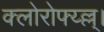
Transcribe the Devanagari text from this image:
क्लोरोफ्य्ल्ल्।